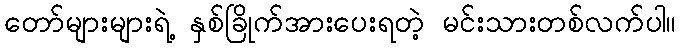
တော်များများရဲ့ နှစ်ခြိုက်အားပေးရတဲ့ မင်းသားတစ်လက်ပါ။